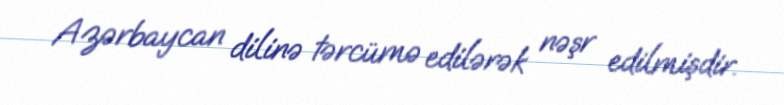
Azərbaycan dilinə tərcümə edilərək nəşr edilmişdir.